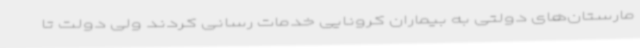
مارستان‌های دولتی به بیماران کرونایی خدمات رسانی کردند ولی دولت تا